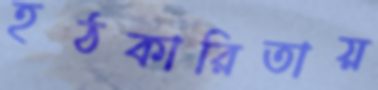
হঠকারিতায়